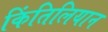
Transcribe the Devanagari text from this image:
किंतिलियान